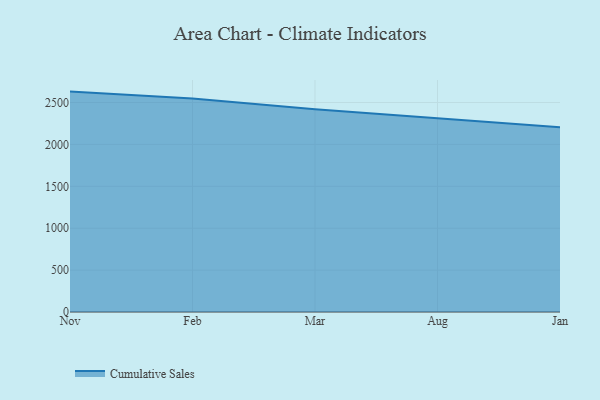
{"axis": {"x": "Month", "y": "Headcount"}, "legend": ["Cumulative Sales"], "data": [{"x": "Nov", "y": 2630.2, "type": "Cumulative Sales"}, {"x": "Feb", "y": 2546.7, "type": "Cumulative Sales"}, {"x": "Mar", "y": 2420.3, "type": "Cumulative Sales"}, {"x": "Aug", "y": 2309.9, "type": "Cumulative Sales"}, {"x": "Jan", "y": 2203.3, "type": "Cumulative Sales"}]}